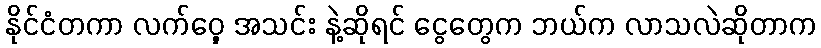
နိုင်ငံတကာ လက်ဝှေ့ အသင်း နဲ့ဆိုရင် ငွေတွေက ဘယ်က လာသလဲဆိုတာက